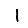
Digit: 1